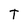
Character: T